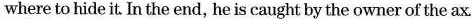
where to hide it. In the end, he is caught by the owner of the ax.